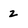
Character: z